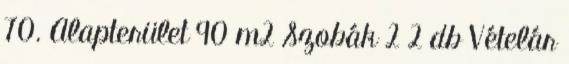
70. Alapterület 90 m2 Szobák 2 2 db Vételár